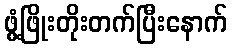
ဖွံ့ဖြိုးတိုးတက်ပြီးနောက်